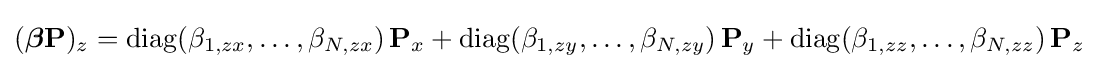
({\boldsymbol {\beta }}\mathbf {P} )_{z}=\mathrm {diag} (\beta _{1,zx},\dots ,\beta _{N,zx})\,\mathbf {P} _{x}+\mathrm {diag} (\beta _{1,zy},\dots ,\beta _{N,zy})\,\mathbf {P} _{y}+\mathrm {diag} (\beta _{1,zz},\dots ,\beta _{N,zz})\,\mathbf {P} _{z}